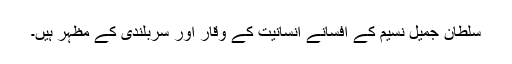
سلطان جمیل نسیم کے افسانے انسانیت کے وقار اور سربلندی کے مظہر ہیں۔